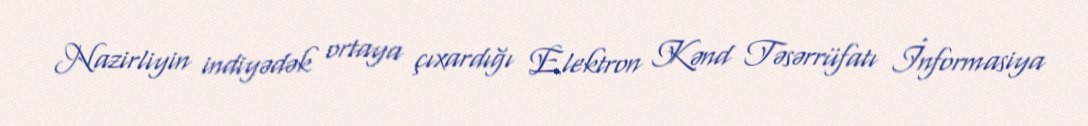
Nazirliyin indiyədək ortaya çıxardığı Elektron Kənd Təsərrüfatı İnformasiya